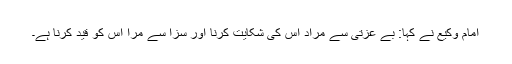
امام وکیع نے کہا: بے عزتی سے مراد اس کی شکایت کرنا اور سزا سے مرا اس کو قید کرنا ہے۔